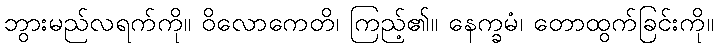
ဘွားမည်လရက်ကို။ ဝိလောကေတိ၊ ကြည့်၏။ နေက္ခမံ၊ တောထွက်ခြင်းကို။